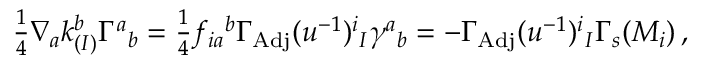
{ \textstyle \frac { 1 } { 4 } } \nabla _ { a } k _ { ( I ) } ^ { b } \Gamma ^ { a } { } _ { b } = { \textstyle \frac { 1 } { 4 } } f _ { i a } { } ^ { b } \Gamma _ { \mathrm { A d j } } ( u ^ { - 1 } ) ^ { i } { } _ { I } \gamma ^ { a } { } _ { b } = - \Gamma _ { \mathrm { A d j } } ( u ^ { - 1 } ) ^ { i } { } _ { I } \Gamma _ { s } ( M _ { i } ) \, ,